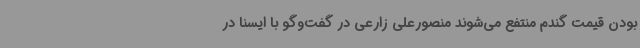
بودن قیمت گندم منتفع می‌شوند منصورعلی زارعی در گفت‌وگو با ایسنا در